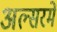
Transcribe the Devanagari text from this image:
अल्सरमें